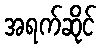
အရက်ဆိုင်